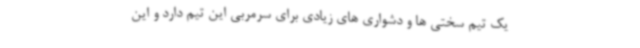
یک تیم سختی ها و دشواری های زیادی برای سرمربی این تیم دارد و این